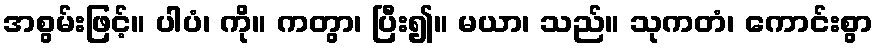
အစွမ်းဖြင့်။ ပါပံ၊ ကို။ ကတွာ၊ ပြီး၍။ မယာ၊ သည်။ သုကတံ၊ ကောင်းစွာ